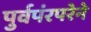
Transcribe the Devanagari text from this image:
पुर्वपंरपरेने